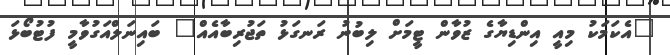
"އެކަމަކު މިއީ އިންޑިޔާގެ ޒުވާން ޓީމަށް ލިބުނު ރަނގަޅު ތަޖުރިބާއެއް" ބައިނަލްއަގުވާމީ ފުޓުބޯޅަ